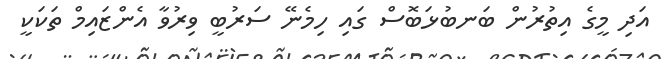
އަދި މީގެ އިތުރުން ބަނބުޅަބޮސް ގައި ހިމެނޭ ސަރުބީ ވިރުވާ އެންޒައިމް ތަކަކީ